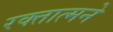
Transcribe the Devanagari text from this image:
रक्तात्मने